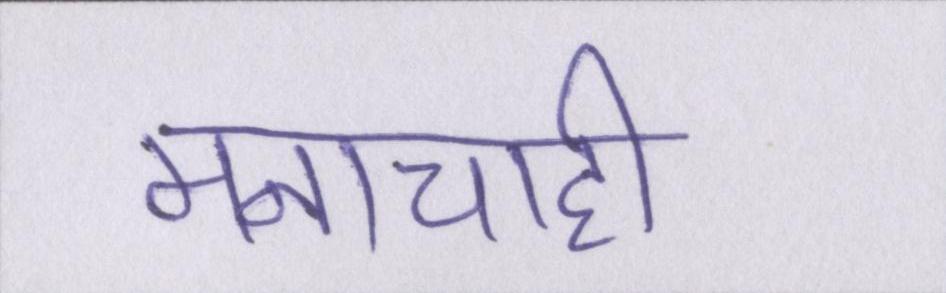
मनाचाही